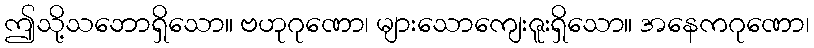
ဤသို့သဘောရှိသော။ ဗဟုဂုဏော၊ များသောကျေးဇူးရှိသော။ အနေကဂုဏော၊